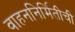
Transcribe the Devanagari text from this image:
वाहननिर्मितीची